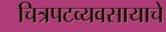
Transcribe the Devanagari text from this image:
चित्रपटव्यवसायाचे